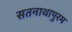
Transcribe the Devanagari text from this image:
सतनाथापुरम